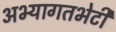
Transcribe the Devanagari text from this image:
अभ्यागतभेटी